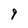
Character: 9